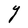
Character: Y